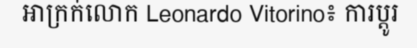
អាក្រក់លោក Leonardo Vitorino៖ ការប្តូរ